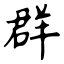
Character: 群